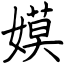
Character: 嫫